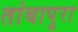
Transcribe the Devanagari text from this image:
तांबापुरा